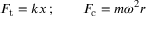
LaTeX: F _ { \mathrm { t } } = k x \, ; \qquad F _ { \mathrm { c } } = m \omega ^ { 2 } r